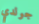
جولدي